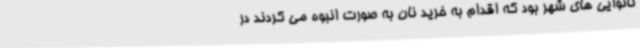
نانوایی های شهر بود که اقدام به خرید نان به صورت انبوه می کردند در